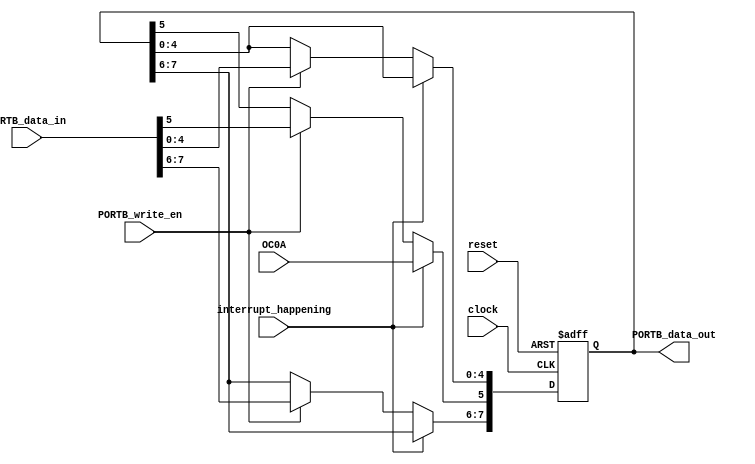
/**
	I/O port for RISC-V Arduino on FPGA
	take data from memory and route to port B
*/
module PORTB(
	input clock,
	input reset,
	// will be use to check if the pin is write-enabled, could also be a bus because DDRB is a 8-bit Port B Data Direction register
	// each will be used to indicate RW status of each pin of port B data register
	input PORTB_write_en,  				 
	input [7:0]PORTB_data_in,    		// data from memory, will be written to output pin 
	output reg [7:0]PORTB_data_out,		// portB bus 
	input OC0A,
	input interrupt_happening
);


always@(posedge clock or posedge reset)
begin
	if (reset) begin
		PORTB_data_out <= 8'b0;
	end
	else begin
	if (!interrupt_happening)
	begin
		if (PORTB_write_en == 1) begin
			// route the data to those output pins if DDRB is 1 (pinMode high)
			PORTB_data_out <= PORTB_data_in;
		end
	end
	else
	begin
		PORTB_data_out[5] <= OC0A;
	end
	end
	
end
endmodule